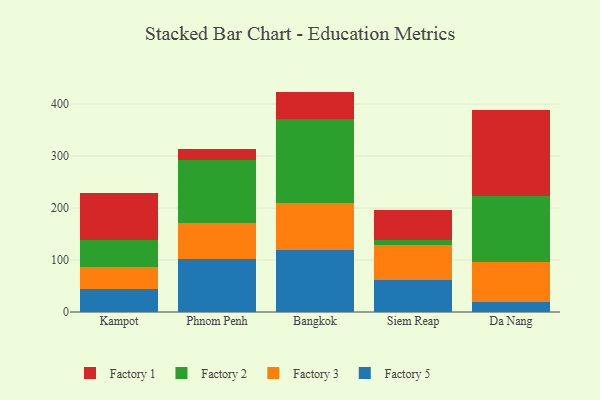
{"axis": {"x": "City", "y": "Bounce Rate (%)"}, "legend": ["Factory 1", "Factory 2", "Factory 3", "Factory 5"], "data": [{"x": "Kampot", "y": 44.9, "type": "Factory 5"}, {"x": "Kampot", "y": 41.9, "type": "Factory 3"}, {"x": "Kampot", "y": 51.8, "type": "Factory 2"}, {"x": "Kampot", "y": 89.4, "type": "Factory 1"}, {"x": "Phnom Penh", "y": 101.2, "type": "Factory 5"}, {"x": "Phnom Penh", "y": 70.0, "type": "Factory 3"}, {"x": "Phnom Penh", "y": 120.7, "type": "Factory 2"}, {"x": "Phnom Penh", "y": 21.8, "type": "Factory 1"}, {"x": "Bangkok", "y": 120.0, "type": "Factory 5"}, {"x": "Bangkok", "y": 89.0, "type": "Factory 3"}, {"x": "Bangkok", "y": 161.7, "type": "Factory 2"}, {"x": "Bangkok", "y": 53.3, "type": "Factory 1"}, {"x": "Siem Reap", "y": 61.9, "type": "Factory 5"}, {"x": "Siem Reap", "y": 66.9, "type": "Factory 3"}, {"x": "Siem Reap", "y": 9.6, "type": "Factory 2"}, {"x": "Siem Reap", "y": 58.7, "type": "Factory 1"}, {"x": "Da Nang", "y": 19.8, "type": "Factory 5"}, {"x": "Da Nang", "y": 76.2, "type": "Factory 3"}, {"x": "Da Nang", "y": 126.9, "type": "Factory 2"}, {"x": "Da Nang", "y": 165.2, "type": "Factory 1"}]}